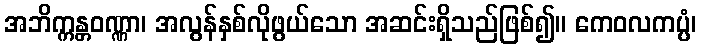
အဘိက္ကန္တဝဏ္ဏာ၊ အလွန်နှစ်လိုဖွယ်သော အဆင်းရှိသည်ဖြစ်၍။ ကေဝလကပ္ပံ၊